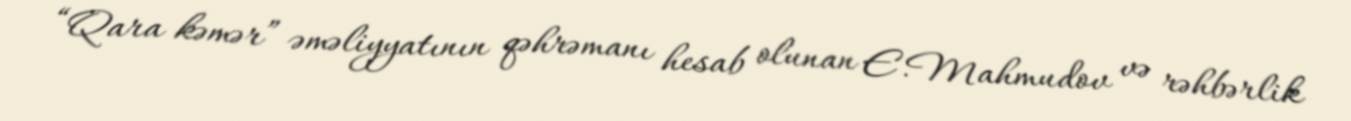
“Qara kəmər” əməliyyatının qəhrəmanı hesab olunan E.Mahmudov və rəhbərlik